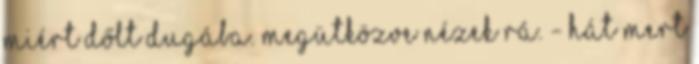
miért dőlt dugába. Megütközve nézek rá. - Hát mert